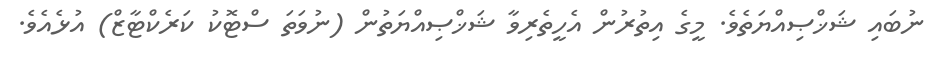
ނުބައި ޝަޚްޞިއްޔަތެވެ. މީގެ އިތުރުން އެހީތެރިވާ ޝަޚްޞިއްޔަތުން (ނުވަތަ ސްޓޮކު ކަރެކްޓާޒް) އުޅެއެވެ.